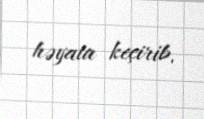
həyata keçirib.